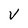
Character: V